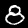
Digit: 8